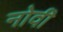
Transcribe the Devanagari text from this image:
नोवीं